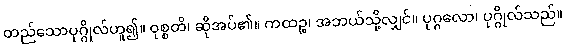
တည်သောပုဂ္ဂိုလ်ဟူ၍။ ဝုစ္စတိ၊ ဆိုအပ်၏။ ကထဉ္စ၊ အဘယ်သို့လျှင်။ ပုဂ္ဂလော၊ ပုဂ္ဂိုလ်သည်။